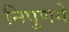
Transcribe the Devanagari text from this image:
निपुणगे